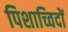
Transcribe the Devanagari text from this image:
पिशाच्विदों